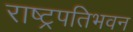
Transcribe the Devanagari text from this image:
राष्ट्रपतिभवन